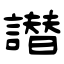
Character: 譛